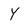
Character: Y